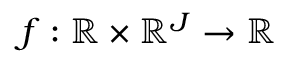
f : \mathbb { R } \times \mathbb { R } ^ { J } \to \mathbb { R }